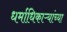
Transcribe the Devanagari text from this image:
धर्माधिकाऱ्यांच्या